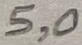
Text: 5,0